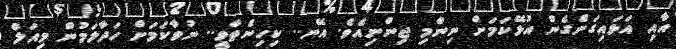
އާއި އަޅައިގަނެގެން އުޅޭކަމަށް ނިންމި ޖިންނިއެވެ. އޭނ.. ކިހިނެތްވީ.. ނުވާކަމަށް ހަދާލަމުން މިއަލް